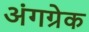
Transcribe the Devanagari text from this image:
अंगग्रेक